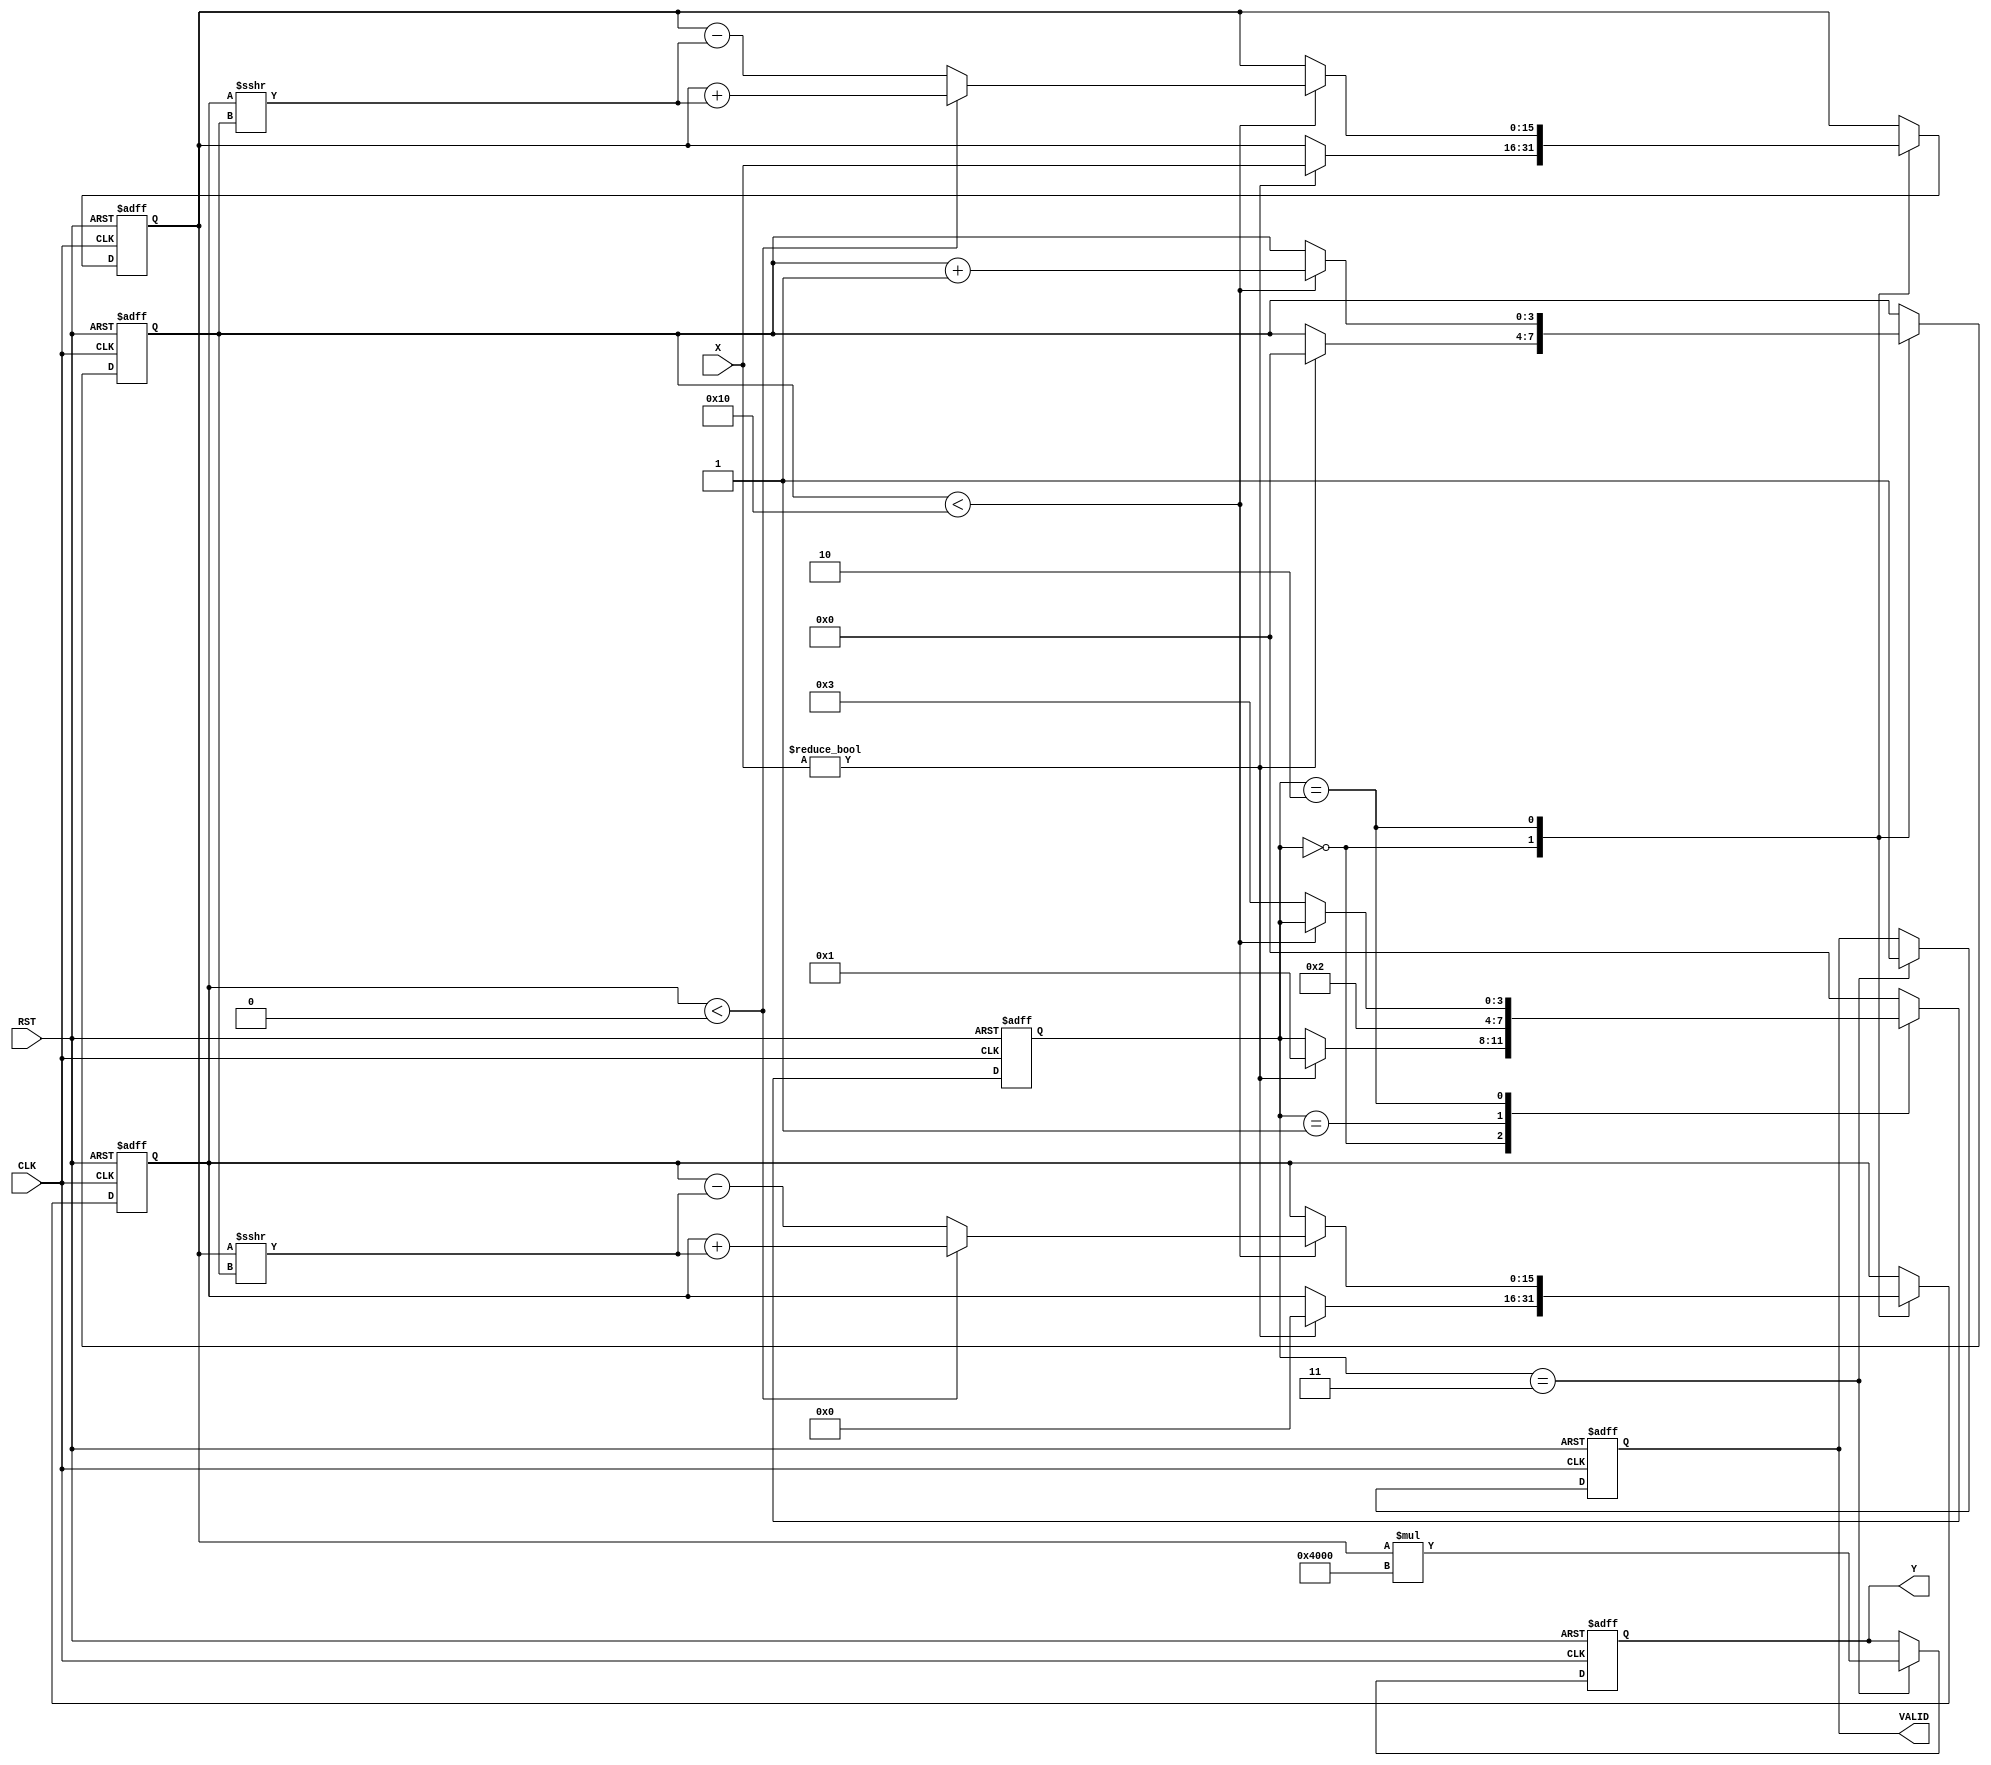
module cordic_reciprocal (
    input wire [15:0] X,      // Input data (fixed-point representation)
    input wire CLK,           // Clock signal
    input wire RST,           // Reset signal
    output reg [15:0] Y,      // Output data (reciprocal)
    output reg VALID          // Output valid signal
);

    // Parameters
    parameter NUM_ITERATIONS = 16; // Number of CORDIC iterations
    parameter FIXED_POINT_SCALE = 16'h4000; // Scaling factor (2^14)

    // Internal signals
    reg [15:0] z;               // Angle accumulator
    reg [15:0] x_curr;          // Current x value
    reg [15:0] y_curr;          // Current y value
    reg [3:0] state;            // State of the state machine
    reg [3:0] iteration_count;   // Iteration counter

    // State definitions
    localparam IDLE = 4'b0000;
    localparam INIT = 4'b0001;
    localparam ITERATE = 4'b0010;
    localparam FINALIZE = 4'b0011;

    // Angle lookup table for CORDIC
    reg [15:0] atan_table [0:NUM_ITERATIONS-1];
    initial begin
        atan_table[0] = 16'h2000; // atan(2^-0)
        atan_table[1] = 16'h1000; // atan(2^-1)
        atan_table[2] = 16'h0800; // atan(2^-2)
        atan_table[3] = 16'h0400; // atan(2^-3)
        atan_table[4] = 16'h0200; // atan(2^-4)
        atan_table[5] = 16'h0100; // atan(2^-5)
        atan_table[6] = 16'h0080; // atan(2^-6)
        atan_table[7] = 16'h0040; // atan(2^-7)
        atan_table[8] = 16'h0020; // atan(2^-8)
        atan_table[9] = 16'h0010; // atan(2^-9)
        atan_table[10] = 16'h0008; // atan(2^-10)
        atan_table[11] = 16'h0004; // atan(2^-11)
        atan_table[12] = 16'h0002; // atan(2^-12)
        atan_table[13] = 16'h0001; // atan(2^-13)
        atan_table[14] = 16'h0000; // atan(2^-14)
        atan_table[15] = 16'h0000; // atan(2^-15)
    end

    // State machine
    always @(posedge CLK or posedge RST) begin
        if (RST) begin
            state <= IDLE;
            VALID <= 0;
            iteration_count <= 0;
            x_curr <= 0;
            y_curr <= 0;
            z <= 0;
            Y <= 0;
        end else begin
            case (state)
                IDLE: begin
                    if (X != 0) begin
                        x_curr <= X;
                        y_curr <= 0; // Initial y value
                        z <= 0; // Initial angle
                        iteration_count <= 0;
                        state <= INIT;
                    end
                end

                INIT: begin
                    // Initialize for iterations
                    state <= ITERATE;
                end

                ITERATE: begin
                    if (iteration_count < NUM_ITERATIONS) begin
                        // CORDIC rotation logic
                        if (y_curr < 0) begin
                            x_curr <= x_curr + (y_curr >>> iteration_count);
                            y_curr <= y_curr + (x_curr >>> iteration_count);
                            z <= z - atan_table[iteration_count];
                        end else begin
                            x_curr <= x_curr - (y_curr >>> iteration_count);
                            y_curr <= y_curr - (x_curr >>> iteration_count);
                            z <= z + atan_table[iteration_count];
                        end
                        iteration_count <= iteration_count + 1;
                    end else begin
                        state <= FINALIZE;
                    end
                end

                FINALIZE: begin
                    // Finalize output
                    Y <= x_curr * FIXED_POINT_SCALE; // Scale the output
                    VALID <= 1; // Indicate output is valid
                    state <= IDLE; // Go back to IDLE
                end

                default: state <= IDLE;
            endcase
        end
    end

endmodule